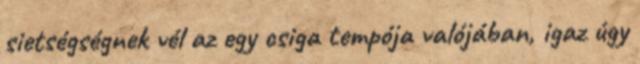
sietségségnek vél az egy csiga tempója valójában, igaz úgy